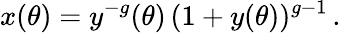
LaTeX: x(\theta)=y^{-g}(\theta)\, (1+y(\theta))^{g-1}\, .